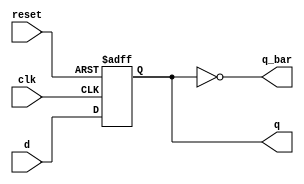
`timescale 1ns / 1ps
//////////////////////////////////////////////////////////////////////////////////
// Company: 
// Engineer: 
// 
// Design Name: 
// Module Name: D_flip_flop
// Project Name: 
// Target Devices: 
// Tool Versions: 
// Description: 
// 
// Dependencies: 
// 
// Revision:
// Revision 0.01 - File Created
// Additional Comments:
// 
//////////////////////////////////////////////////////////////////////////////////


module D_flip_flop(
    input clk,
	 input reset,
    input d,
    output reg q,
	 output q_bar
    );

assign q_bar=~q;

always @ (posedge clk or posedge reset)  
       if (reset)  
          q <= 0;  
       else  
          q <= d;  



endmodule